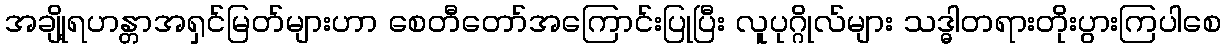
အချို့ရဟန္တာအရှင်မြတ်များဟာ စေတီတော်အကြောင်းပြုပြီး လူပုဂ္ဂိုလ်များ သဒ္ဓါတရားတိုးပွားကြပါစေ